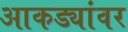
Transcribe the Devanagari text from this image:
आकड्यांवर